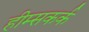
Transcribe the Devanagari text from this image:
हीम्सकर्क